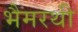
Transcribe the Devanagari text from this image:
भैमरथी